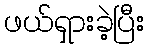
ဖယ်ရှားခဲ့ပြီး